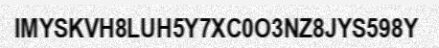
IMYSKVH8LUH5Y7XC0O3NZ8JYS598Y